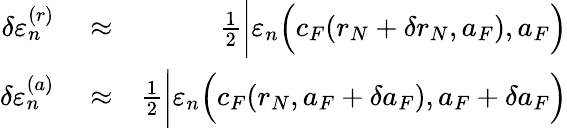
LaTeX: \begin{array}{rlr}{\delta\varepsilon_{n}^{(r)}}&{{}\approx}&{\frac{1}{2}\bigg|\varepsilon_{n}\Big(c_{F}(r_{N}+\delta r_{N},a_{F}),a_{F}\Big)}\\ {\delta\varepsilon_{n}^{(a)}}&{{}\approx}&{\frac{1}{2}\bigg|\varepsilon_{n}\Big(c_{F}(r_{N},a_{F}+\delta a_{F}),a_{F}+\delta a_{F}\Big)}\end{array}